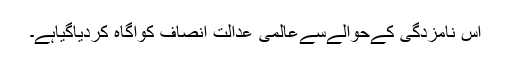
اس نامزدگی کےحوالےسےعالمی عدالت انصاف کوآگاہ کردیاگیاہے۔